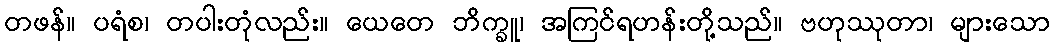
တဖန်။ ပရံစ၊ တပါးတုံလည်း။ ယေတေ ဘိက္ခူ၊ အကြင်ရဟန်းတို့သည်။ ဗဟုဿုတာ၊ များသော